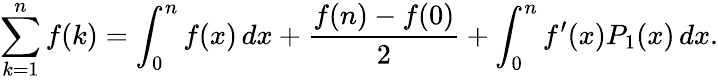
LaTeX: \sum_{k=1}^{n}f(k)=\int_{0}^{n}f(x)\, dx+{\frac{f(n)-f(0)}{2}}+\int_{0}^{n}f^{\prime}(x)P_{1}(x)\, dx.